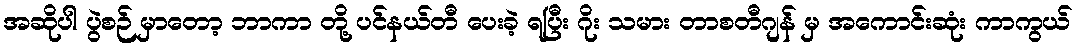
အဆိုပါ ပွဲစဉ် မှာတော့ ဘာကာ တို့ ပင်နယ်တီ ပေးခဲ့ ရပြီး ဂိုး သမား တာစတီဂျန် မှ အကောင်းဆုံး ကာကွယ်